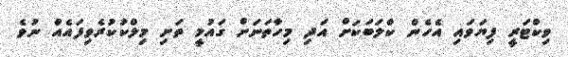
ވިކްޓަރީ ފިޔަވައި އެހެން ކްލަބަކަށް އަދި މިހާތަނަށް ގައުމީ ތަށި މިލްކުކުރެވިފައެއް ނުވެ